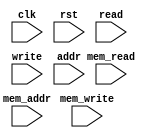
module ip_top_sva_2_align_ecc_dwsn
  #(
parameter     NUMADDR = 1024,
parameter     BITADDR = 10,
parameter     NUMSROW = 256,
parameter     BITSROW = 8)
(
  input clk,
  input rst,
  input read,
  input write,
  input [BITADDR-1:0] addr,
  input mem_read,
  input mem_write,
  input [BITSROW-1:0] mem_addr
);
`ifdef FORMAL
//synopsys translate_off

assert_rd_wr_check: assume property (@(posedge clk) disable iff (rst) !(write && read));
//assert_rd_wr_range_check: assume property (@(posedge clk) disable iff (rst) (write || read) |-> (addr < NUMADDR));
assert_wr_range_check: assume property (@(posedge clk) disable iff (rst) write |-> (addr < NUMADDR));

assert_mem_1port_check: assert property (@(posedge clk) disable iff (rst) !(mem_write && mem_read));
//assert_mem_range_check: assert property (@(posedge clk) disable iff (rst) (mem_write || mem_read) |-> (mem_addr < NUMSROW));
assert_mem_wr_range_check: assert property (@(posedge clk) disable iff (rst) mem_write |-> (mem_addr < NUMSROW));
//synopsys translate_on
`endif
endmodule


module ip_top_sva_align_ecc_dwsn
  #(
parameter     WIDTH   = 32,
parameter     ENAEXT  = 0,
parameter     ENAPAR  = 0,
parameter     ENAECC  = 0,
parameter     ECCWDTH = 7,
parameter     NUMADDR = 1024,
parameter     BITADDR = 10,
parameter     NUMWRDS = 4,
parameter     BITWRDS = 2,
parameter     NUMSROW = 256,
parameter     BITSROW = 8,
parameter     SRAM_DELAY = 2,
parameter     FLOPGEN = 0,
parameter     FLOPCMD = 0,
parameter     FLOPMEM = 0,
parameter     FLOPOUT = 0,
parameter     RSTZERO = 0,
parameter     MEMWDTH = ENAEXT ? WIDTH : ENAPAR ? WIDTH+1 : ENAECC ? WIDTH+ECCWDTH : WIDTH
   )
(
  input clk,
  input rst,
  input read,
  input write,
  input [BITADDR-1:0] addr,
  input [WIDTH-1:0] din,
  input [WIDTH-1:0] rd_dout,
  input rd_fwrd,
  input rd_serr,
  input rd_derr,
  input [BITWRDS+BITSROW-1:0] rd_padr,
  input mem_read,
  input mem_write,
  input [BITSROW-1:0] mem_addr,
  input [NUMWRDS*MEMWDTH-1:0] mem_bw,
  input [NUMWRDS*MEMWDTH-1:0] mem_din,
  input [NUMWRDS*MEMWDTH-1:0] mem_dout,
  input [NUMWRDS-1:0] mem_serr,
  input [BITADDR-1:0] select_addr
);
`ifdef FORMAL
//synopsys translate_off

wire [BITWRDS-1:0] select_word;
wire [BITSROW-1:0] select_srow;
generate if (BITWRDS>0) begin: np2_loop
  np2_addr #(
    .NUMADDR (NUMADDR), .BITADDR (BITADDR),
    .NUMVBNK (NUMWRDS), .BITVBNK (BITWRDS),
    .NUMVROW (NUMSROW), .BITVROW (BITSROW))
    sel_adr (.vbadr(select_word), .vradr(select_srow), .vaddr(select_addr));
  end else begin: no_np2_loop
    assign select_word = 0;
    assign select_srow = select_addr;
  end
endgenerate

wire [MEMWDTH-1:0] mem_bw_wire = mem_bw >> select_word*MEMWDTH;
wire [MEMWDTH-1:0] mem_din_wire = mem_din >> select_word*MEMWDTH;

reg meminv;
reg [MEMWDTH-1:0] mem;
always @(posedge clk)
  if (rst) begin
    meminv <= 1'b1;
    mem <= RSTZERO ? 0 : 'hx;
  end else if (mem_write && (mem_addr == select_srow) && |mem_bw_wire) begin
    meminv <= 1'b0;
    mem <= mem_din_wire;
  end

wire [MEMWDTH-1:0] mem_dout_wire = mem_dout >> select_word*MEMWDTH;
wire mem_serr_wire = mem_serr >> select_word;


wire [ECCWDTH-1:0] din_ecc;
generate if (ENAECC) begin: decc_loop
  ecc_calc #(.ECCDWIDTH(WIDTH), .ECCWIDTH(ECCWDTH))
    ecc_calc_inst (.din(mem[WIDTH-1:0]), .eccout(din_ecc));
end
endgenerate

wire [MEMWDTH-1:0] dout_mask;
assert_mem_check: assert property (@(posedge clk) disable iff (rst) (mem_read && (mem_addr == select_srow)) |-> ##SRAM_DELAY
                                   ($past(!RSTZERO && meminv,SRAM_DELAY) || (mem_dout_wire == ($past(mem,SRAM_DELAY) ^ dout_mask))));

assert_mem_chk_check: assert property (@(posedge clk) disable iff (rst) ((!RSTZERO && meminv) || (ENAEXT ? 1'b1 :
                                                                                                  ENAPAR ? !(^mem) :
                                                                                                  ENAECC ? ({din_ecc,mem[WIDTH-1:0]}==mem) : 1'b1)));

reg fakememinv;
reg [WIDTH-1:0] fakemem;
always @(posedge clk)
  if (rst) begin 
    fakememinv <= 1'b1;
    fakemem <= RSTZERO ? 0 : 'hx;
  end else if (write && (addr == select_addr)) begin
    fakememinv <= 1'b0;
    fakemem <= din;
  end

wire dout_bit1_err = 0;
wire dout_bit2_err = 0;
wire [15:0] dout_bit1_pos = 0;
wire [15:0] dout_bit2_pos = 0;
wire [MEMWDTH-1:0] dout_bit1_mask = (ENAPAR || ENAECC) ? dout_bit1_err << dout_bit1_pos : 0;
wire [MEMWDTH-1:0] dout_bit2_mask = (ENAECC) ? dout_bit2_err << dout_bit2_pos : 0;
assign dout_mask = dout_bit1_mask ^ dout_bit2_mask;
wire dout_serr = |dout_mask && (|dout_bit1_mask ^ |dout_bit2_mask);
wire dout_derr = |dout_mask && |dout_bit1_mask && |dout_bit2_mask;

wire pmem_serr = 0;
wire pmem_derr = 0;
wire pmem_nerr = !pmem_serr && !pmem_derr;
assume_pmem_err_check: assert property (@(posedge clk) disable iff (rst) !(pmem_serr && pmem_derr));
assume_pmem_nerr_check: assert property (@(posedge clk) disable iff (rst) pmem_nerr |-> ##(SRAM_DELAY+FLOPCMD+FLOPMEM) (!ENAEXT || !mem_serr_wire) && !dout_serr && !dout_derr);
assume_pmem_serr_check: assert property (@(posedge clk) disable iff (rst) pmem_serr |-> ##(SRAM_DELAY+FLOPCMD+FLOPMEM) (!ENAEXT || mem_serr_wire) && dout_serr);
assume_pmem_derr_check: assert property (@(posedge clk) disable iff (rst) pmem_derr |-> ##(SRAM_DELAY+FLOPCMD+FLOPMEM) (!ENAEXT || !mem_serr_wire) && dout_derr);

assert_dout_nerr_check: assert property (@(posedge clk) disable iff (rst) (read && (addr == select_addr) && pmem_nerr) |-> ##(SRAM_DELAY+FLOPCMD+FLOPMEM+FLOPOUT)
                                         ($past(!RSTZERO && fakememinv,SRAM_DELAY+FLOPCMD+FLOPMEM+FLOPOUT) ||
                                          (($past(!RSTZERO && meminv,SRAM_DELAY+FLOPMEM+FLOPOUT) || (!rd_serr && !rd_derr)) &&
                                           (rd_dout == $past(fakemem[WIDTH-1:0],SRAM_DELAY+FLOPCMD+FLOPMEM+FLOPOUT)))));
assert_dout_serr_check: assert property (@(posedge clk) disable iff (rst) (read && (addr == select_addr) && pmem_serr) |-> ##(SRAM_DELAY+FLOPCMD+FLOPMEM+FLOPOUT)
                                         ($past(!RSTZERO && fakememinv,SRAM_DELAY+FLOPCMD+FLOPMEM+FLOPOUT) ||
                                          ($past(!RSTZERO && meminv,SRAM_DELAY+FLOPMEM+FLOPOUT) ?
                                           (rd_dout == $past(fakemem[WIDTH-1:0],SRAM_DELAY+FLOPCMD+FLOPMEM+FLOPOUT)) :
                                           (ENAEXT ? rd_serr && !rd_derr && (!rd_fwrd || (rd_dout == $past(fakemem[WIDTH-1:0],SRAM_DELAY+FLOPCMD+FLOPMEM+FLOPOUT))) :
                                            ENAPAR ? rd_serr && !rd_derr && (!rd_fwrd || (rd_dout == $past(fakemem[WIDTH-1:0],SRAM_DELAY+FLOPCMD+FLOPMEM+FLOPOUT))) :
                                            ENAECC ? rd_serr && !rd_derr && (rd_dout == $past(fakemem[WIDTH-1:0],SRAM_DELAY+FLOPCMD+FLOPMEM+FLOPOUT)) :
                                                     !rd_serr && !rd_derr && (rd_dout == $past(fakemem[WIDTH-1:0],SRAM_DELAY+FLOPCMD+FLOPMEM+FLOPOUT))))));
assert_dout_derr_check: assert property (@(posedge clk) disable iff (rst) (read && (addr == select_addr) && pmem_derr) |-> ##(SRAM_DELAY+FLOPCMD+FLOPMEM+FLOPOUT)
                                         ($past(!RSTZERO && fakememinv,SRAM_DELAY+FLOPCMD+FLOPMEM+FLOPOUT) ||
                                          ($past(!RSTZERO && meminv,SRAM_DELAY+FLOPMEM+FLOPOUT) ?
                                           (rd_dout == $past(fakemem[WIDTH-1:0],SRAM_DELAY+FLOPCMD+FLOPMEM+FLOPOUT)) :
                                           (ENAEXT ? !rd_serr && !rd_derr && (!rd_fwrd || (rd_dout == $past(fakemem[WIDTH-1:0],SRAM_DELAY+FLOPCMD+FLOPMEM+FLOPOUT))) :
                                            ENAPAR ? !rd_serr && !rd_derr && (rd_dout == $past(fakemem[WIDTH-1:0],SRAM_DELAY+FLOPCMD+FLOPMEM+FLOPOUT)) :
                                            ENAECC ? !rd_serr && rd_derr && (!rd_fwrd || (rd_dout == $past(fakemem[WIDTH-1:0],SRAM_DELAY+FLOPCMD+FLOPMEM+FLOPOUT))) :
                                                     !rd_serr && !rd_derr && (rd_dout == $past(fakemem[WIDTH-1:0],SRAM_DELAY+FLOPCMD+FLOPMEM+FLOPOUT))))));
assert_fwrd_check: assert property (@(posedge clk) disable iff (rst) (read && (addr == select_addr)) |-> ##(SRAM_DELAY+FLOPCMD+FLOPMEM+FLOPOUT)
                                    (rd_fwrd == $past(core.forward_read,SRAM_DELAY+FLOPCMD+FLOPMEM+FLOPOUT)));
assert_padr_check: assert property (@(posedge clk) disable iff (rst) (read && (addr == select_addr)) |-> ##(SRAM_DELAY+FLOPCMD+FLOPMEM+FLOPOUT)
                                    (rd_padr == {select_word,select_srow}));
//synopsys translate_on
`endif
endmodule